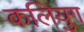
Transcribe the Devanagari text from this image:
कलियुग